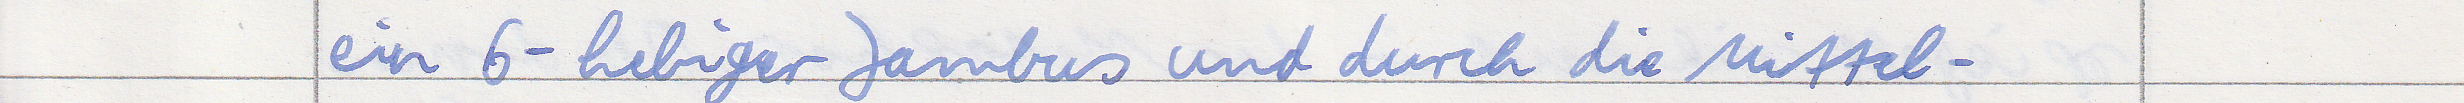
ein 6-hebiger Jambus und durch die Mittel -